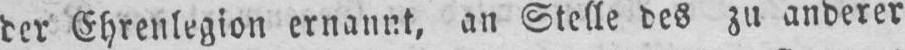
der Ehrenlegion ernannt, an Stelle des zu anderer